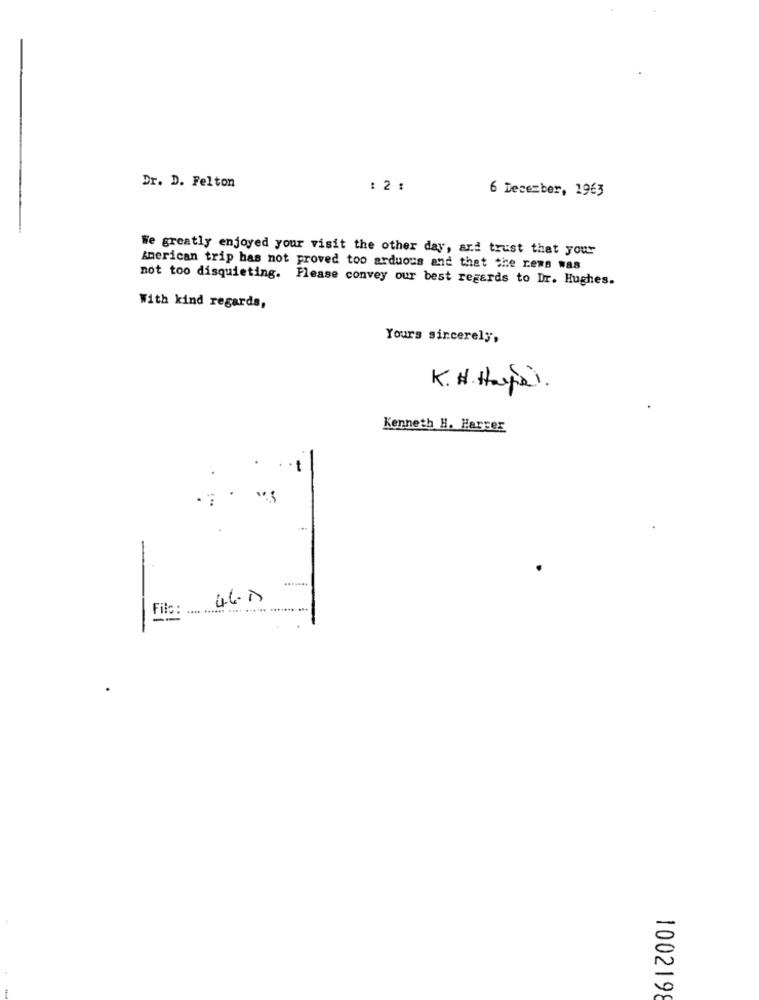
Dr. D. Felton
: 2 :
6 December, 1963
We greatly enjoyed your visit the other day, and trust that your
American trip has not proved too arduous and that the rems was
not too disquieting. Please convey our best regards to Dr. Hughes.
With kind regards,
Yours sincerely,
K. H .Haye ) .
Kenneth H. Harrer
-
-
4.6.0
Filo:
..... ...... .... ...... .
1002198